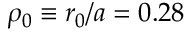
\rho _ { 0 } \equiv r _ { 0 } / a = 0 . 2 8